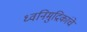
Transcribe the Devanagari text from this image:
ध्वनिमुद्रिकांचे